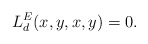
\begin{align*}L^E_d(x,y,x,y) = 0.\end{align*}